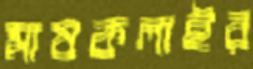
মাষকলাইর